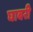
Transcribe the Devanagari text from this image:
घाबरी